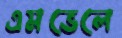
এমভেলে